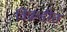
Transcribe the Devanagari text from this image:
विक्रडीत